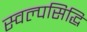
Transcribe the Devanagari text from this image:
स्वल्पसिद्धि